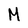
Character: M